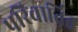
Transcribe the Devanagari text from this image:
परिवार्तित